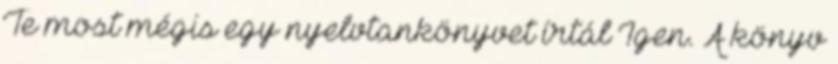
Te most mégis egy nyelvtankönyvet írtál Igen. A könyv